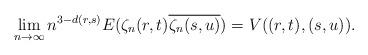
LaTeX: \begin{align*} \lim_{n \to \infty}n^{3-d(r,s)}E(\zeta_{n}(r,t)\overline{\zeta_{n}(s,u)}) =V((r,t),(s,u)).\end{align*}